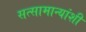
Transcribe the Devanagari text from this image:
सत्सामान्यांशी